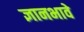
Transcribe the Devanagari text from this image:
ज्ञानभावे